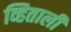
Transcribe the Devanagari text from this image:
व्हिताली